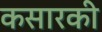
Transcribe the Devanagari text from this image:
कसारकी